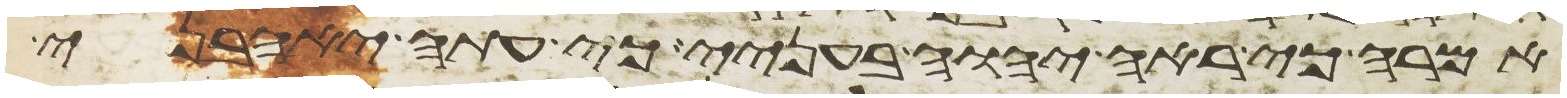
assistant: אמרה כי ראה יהוה בעניי כי עתה יאהבני